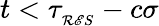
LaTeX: t<\tau_{_{\mathcal{R}\mathscr{E}S}}-c\sigma